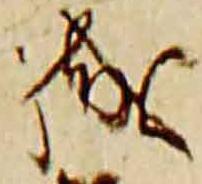
職